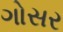
ગોસર